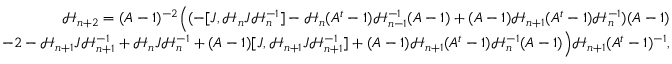
\begin{array} { r } { \mathcal { H } _ { n + 2 } = ( A - 1 ) ^ { - 2 } \Big ( ( - [ J , \mathcal { H } _ { n } J \mathcal { H } _ { n } ^ { - 1 } ] - \mathcal { H } _ { n } ( A ^ { t } - 1 ) \mathcal { H } _ { n - 1 } ^ { - 1 } ( A - 1 ) + ( A - 1 ) \mathcal { H } _ { n + 1 } ( A ^ { t } - 1 ) \mathcal { H } _ { n } ^ { - 1 } ) ( A - 1 ) } \\ { - 2 - \mathcal { H } _ { n + 1 } J \mathcal { H } _ { n + 1 } ^ { - 1 } + \mathcal { H } _ { n } J \mathcal { H } _ { n } ^ { - 1 } + ( A - 1 ) [ J , \mathcal { H } _ { n + 1 } J \mathcal { H } _ { n + 1 } ^ { - 1 } ] + ( A - 1 ) \mathcal { H } _ { n + 1 } ( A ^ { t } - 1 ) \mathcal { H } _ { n } ^ { - 1 } ( A - 1 ) \Big ) \mathcal { H } _ { n + 1 } ( A ^ { t } - 1 ) ^ { - 1 } , } \end{array}